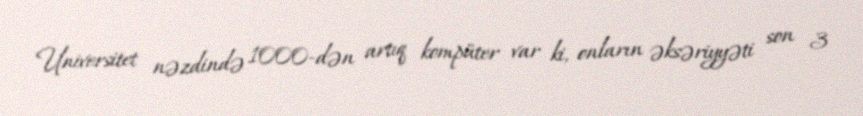
Universitet nəzdində 1000-dən artıq kompüter var ki, onların əksəriyyəti son 3